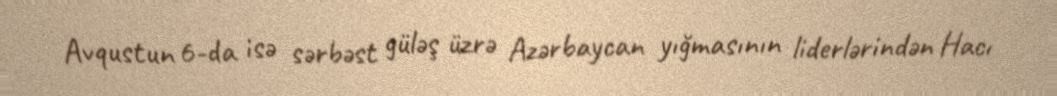
Avqustun 6-da isə sərbəst güləş üzrə Azərbaycan yığmasının liderlərindən Hacı